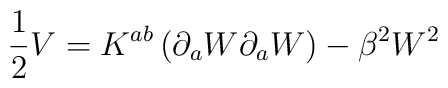
\frac{1}{2} V = K^{ab} \left( \partial_a W \partial_a W\right) - \beta^2 W^2